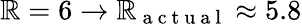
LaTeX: \mathbb{R}=6\to\mathbb{R}_{\mathrm{{~a~c~t~u~a~l~}}}\approx5.8